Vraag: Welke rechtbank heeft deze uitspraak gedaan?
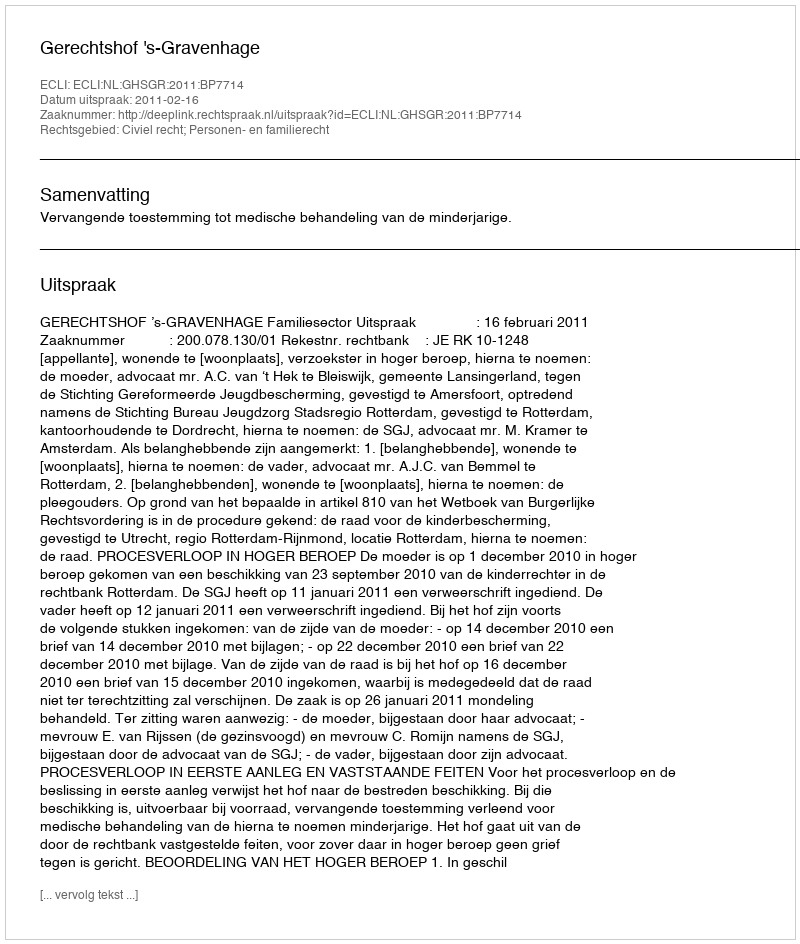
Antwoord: Gerechtshof 's-Gravenhage